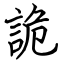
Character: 詭